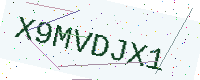
Text: X9MVDJX1